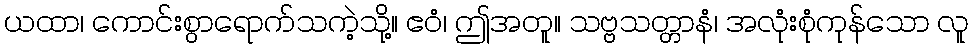
ယထာ၊ ကောင်းစွာရောက်သကဲ့သို့။ ဧဝံ၊ ဤအတူ။ သဗ္ဗသတ္တာနံ၊ အလုံးစုံကုန်သော လူ